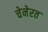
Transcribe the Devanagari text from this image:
चेनेरत